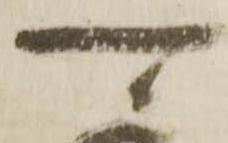
可